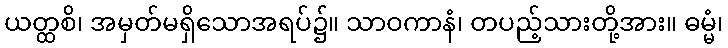
ယတ္ထစိ၊ အမှတ်မရှိသောအရပ်၌။ သာဝကာနံ၊ တပည့်သားတို့အား။ ဓမ္မံ၊